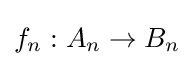
f_{n}:A_{n}\to B_{n}